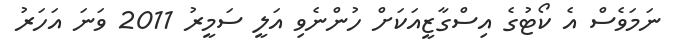
ނަމަވެސް އެ ކޯޓުގެ އިސްގާޒީއަކަށް ހުންނެވި އަލީ ސަމީރު 2011 ވަނަ އަހަރު